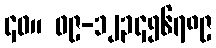
၄၀။ ၀၉-၁၂၃၄၅၆၇၈၉